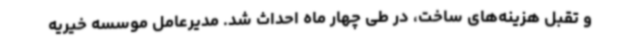
و تقبل هزینه‌های ساخت، در طی چهار ماه احداث شد. مدیرعامل موسسه خیریه